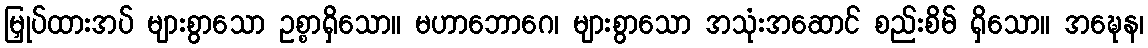
မြှုပ်ထားအပ် များစွာသော ဥစ္စာရှိသော။ မဟာဘောဂေ၊ များစွာသော အသုံးအဆောင် စည်းစိမ် ရှိသော။ အဍ္ဎေန၊